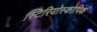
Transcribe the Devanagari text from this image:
स्टिरियोस्कोपिक